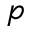
p